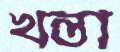
খন্তা